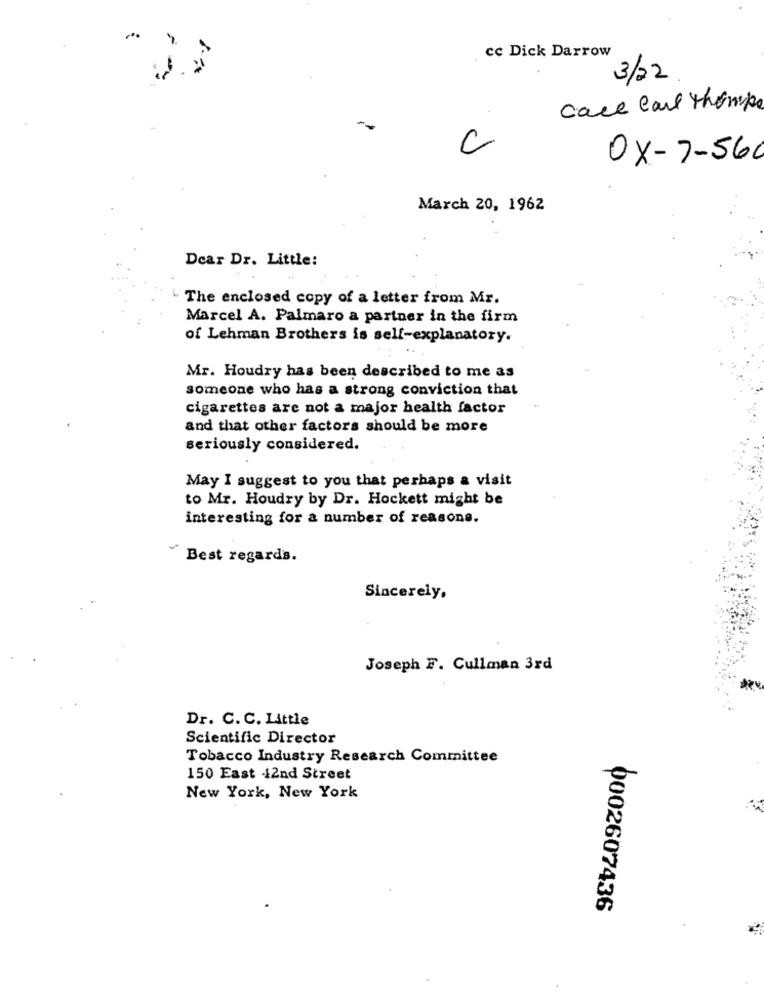
cc Dick Darrow
3/22
Care Carl thomps
C
0X- 7-560
March 20, 1962
Dear Dr. Little:
The enclosed copy of a letter from Mr.
Marcel A. Palmaro a partner in the firm
of Lehman Brothers is self-explanatory.
Mr. Houdry has been described to me as
someone who has a strong conviction that
cigarettes are not a major health factor
and that other factors should be more
seriously considered.
May I suggest to you that perhaps a visit
to Mr. Houdry by Dr. Hockett might be
interesting for a number of reasons.
-
Best regards.
Sincerely,
Joseph F. Cullman 3rd
Dr. C. C. Little
Scientific Director
Tobacco Industry Research Committee
150 East 42nd Street
New York, New York
0002607436